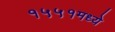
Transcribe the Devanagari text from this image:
१५५१मध्ये